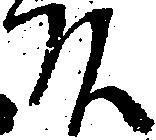
頭